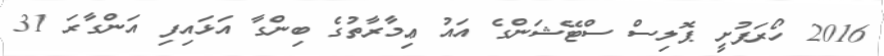
2016 ހޯރަފުށީ ޕޮލިސް ސްޓޭޝަންގެ އައު ޢިމާރާތުގެ ބިންގާ އަޅައިފި އަންގާރަ 31